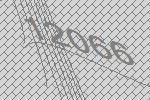
12066